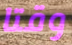
وقتا